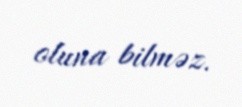
oluna bilməz.